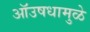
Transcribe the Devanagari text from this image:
ऑउषधामुळे